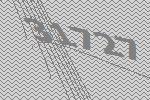
31727